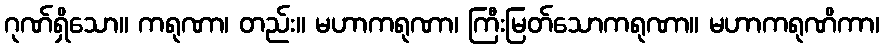
ဂုဏ်ရှိသော။ ကရုဏာ၊ တည်း။ မဟာကရုဏာ၊ ကြီးမြတ်သောကရုဏာ။ မဟာကရုဏိကာ၊